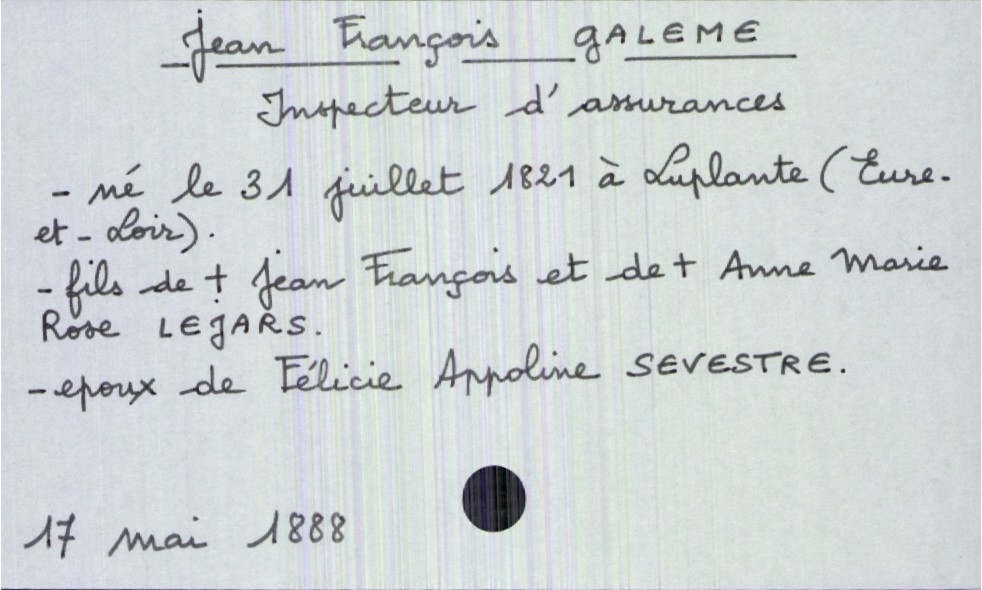
type_acte: Décès
année: 1888
mois: mai
jour: 17
défunt_nom: Galeme
défunt_prénom: Jean François
défunt_profession: Inspecteur d'assurances
défunt_date_de_naissance: 31 juillet 1821
défunt_lieu_de_naissance: Luplante (Eure-et-Loir)
défunt_statut: marié(e)
père_défunt_nom: Galeme
père_défunt_prénom: Jean François
père_défunt_statut: décédé
mère_défunt_nom: Lejars
mère_défunt_prénom: Anne Marie Rose
mère_défunt_statut: décédée